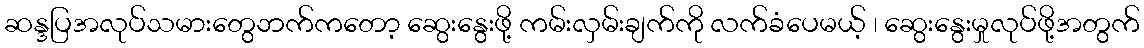
ဆန္ဒပြအလုပ်သမားတွေဘက်ကတော့ ဆွေးနွေးဖို့ ကမ်းလှမ်းချက်ကို လက်ခံပေမယ့် ၊ ဆွေးနွေးမှုလုပ်ဖို့အတွက်